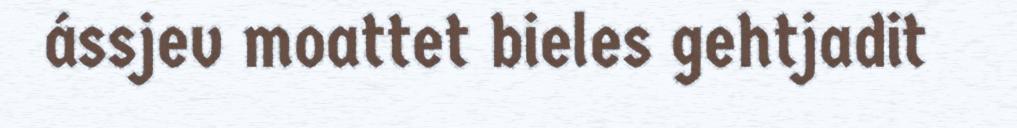
ássjev moattet bieles gehtjadit